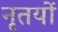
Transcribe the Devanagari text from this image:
नृतयों